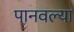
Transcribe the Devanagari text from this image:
पानवल्या